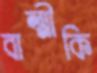
বাল্মীকি